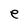
Character: e